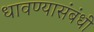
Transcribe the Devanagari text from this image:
धावण्यासंबंधी